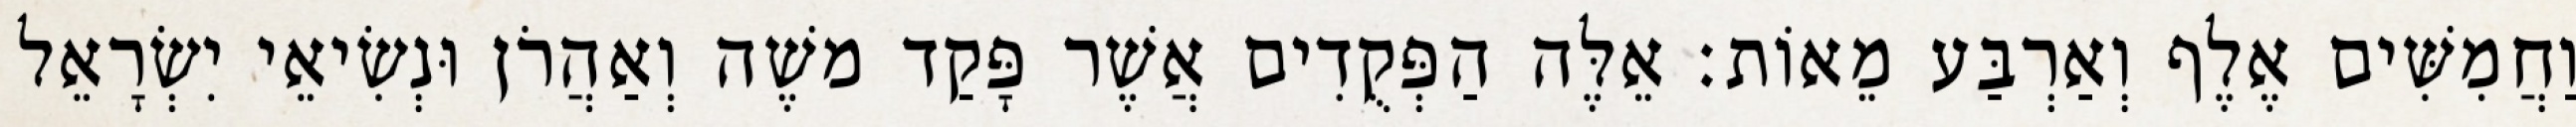
וַחֲמִשִּׁים אֶלֶף וְאַרְבַּע מֵאוֹת׃ אֵלֶּה הַפְּקֻדִים אֲשֶׁר פָּקַד משֶׁה וְאַהֲרֹן וּנְשִׂיאֵי יִשְׂרָאֵל